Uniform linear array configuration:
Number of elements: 64
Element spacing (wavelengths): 0.75
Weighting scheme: hann
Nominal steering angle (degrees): -45
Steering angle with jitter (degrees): -45.766
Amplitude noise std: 0.05
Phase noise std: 0.05

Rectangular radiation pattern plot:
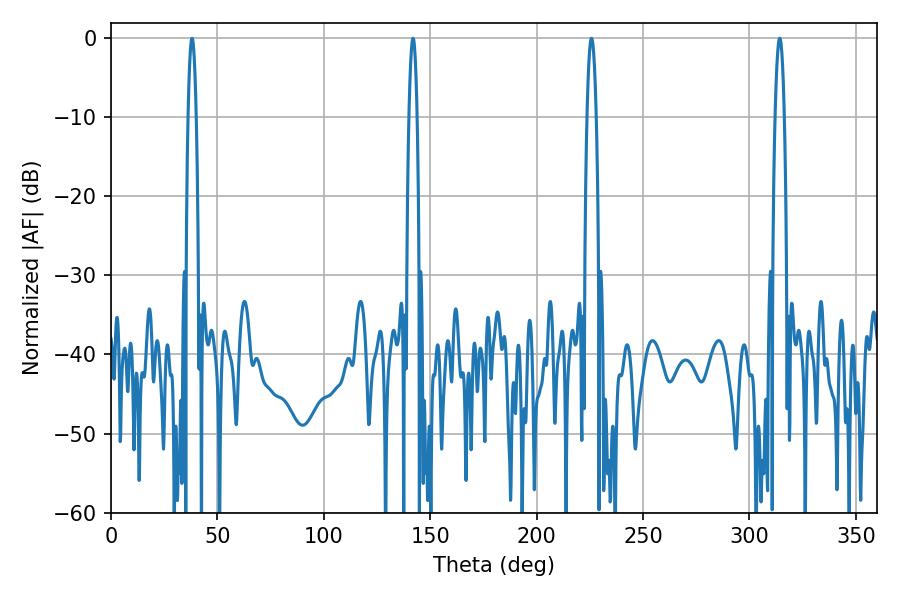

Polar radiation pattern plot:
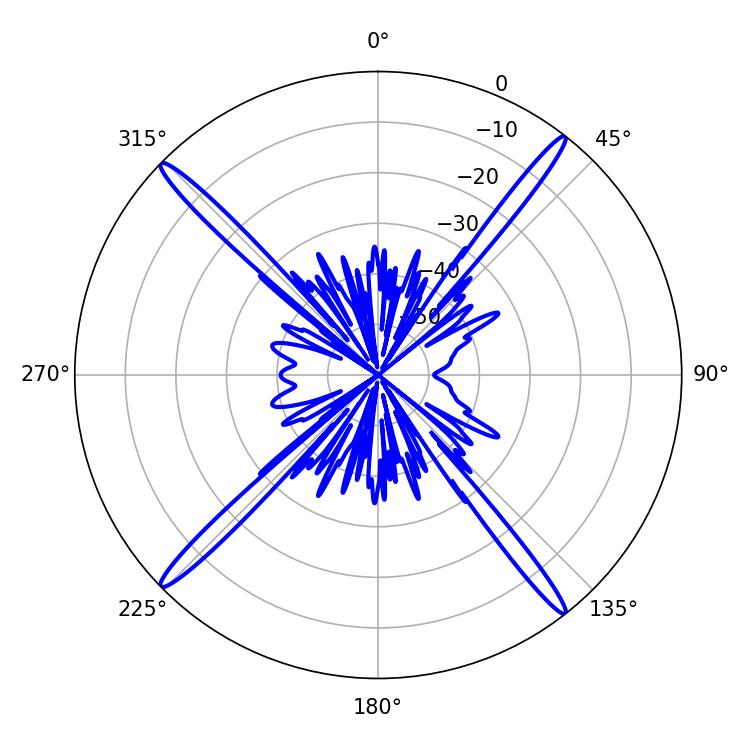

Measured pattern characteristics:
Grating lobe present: TRUE
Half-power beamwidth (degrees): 2.34
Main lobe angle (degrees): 314.28